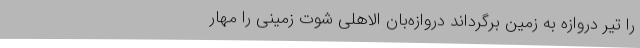
را تیر دروازه به زمین برگرداند دروازه‌بان الاهلی شوت زمینی را مهار